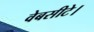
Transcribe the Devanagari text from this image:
वेबसीटे।